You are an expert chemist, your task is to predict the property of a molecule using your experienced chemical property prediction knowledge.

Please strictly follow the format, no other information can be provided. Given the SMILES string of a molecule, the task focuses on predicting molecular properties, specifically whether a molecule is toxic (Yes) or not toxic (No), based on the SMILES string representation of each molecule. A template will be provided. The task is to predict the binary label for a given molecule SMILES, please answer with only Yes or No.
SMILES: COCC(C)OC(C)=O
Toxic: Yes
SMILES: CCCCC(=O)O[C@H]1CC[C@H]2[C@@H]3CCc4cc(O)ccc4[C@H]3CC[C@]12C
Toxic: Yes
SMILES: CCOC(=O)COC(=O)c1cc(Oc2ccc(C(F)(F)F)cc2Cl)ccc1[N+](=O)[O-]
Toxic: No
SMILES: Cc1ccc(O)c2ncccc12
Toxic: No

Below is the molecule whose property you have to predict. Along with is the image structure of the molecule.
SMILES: OC(c1ccccc1)(c1ccccc1)C1CCNCC1
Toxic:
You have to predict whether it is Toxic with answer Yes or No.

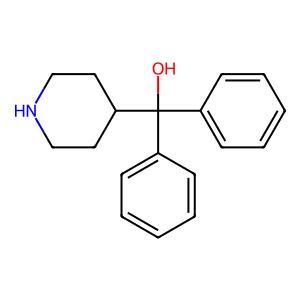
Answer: No